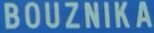
BOUZNIKA